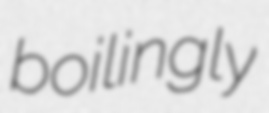
boilingly